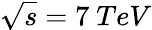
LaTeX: \sqrt{s}=7\ TeV